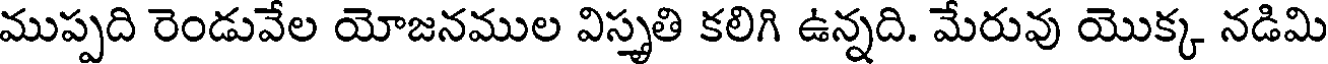
ముప్పది రెండువేల యోజనముల విస్తృతి కలిగి ఉన్నది. మేరువు యొక్క నడిమి